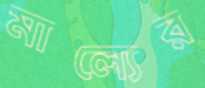
মাল্যের